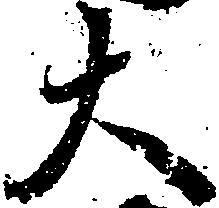
大